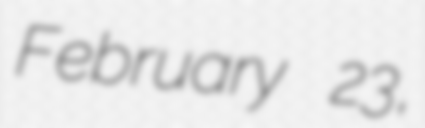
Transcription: February 23,